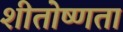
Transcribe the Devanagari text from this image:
शीतोष्णता